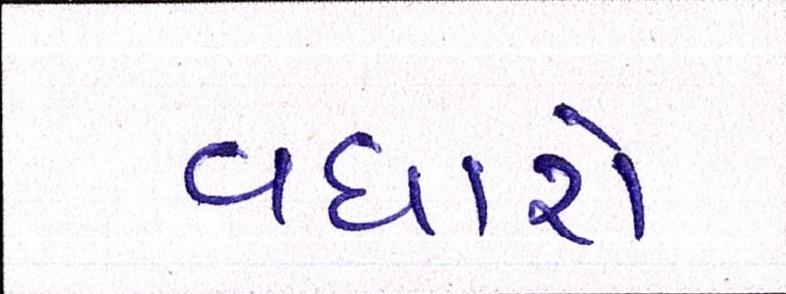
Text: વધારો